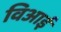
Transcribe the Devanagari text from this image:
विआई